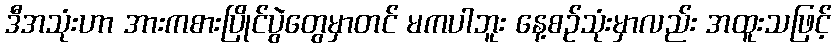
ဒီအသုံးဟာ အားကစားပြိုင်ပွဲတွေမှာတင် မကပါဘူး နေ့စဉ်သုံးမှာလည်း အထူးသဖြင့်